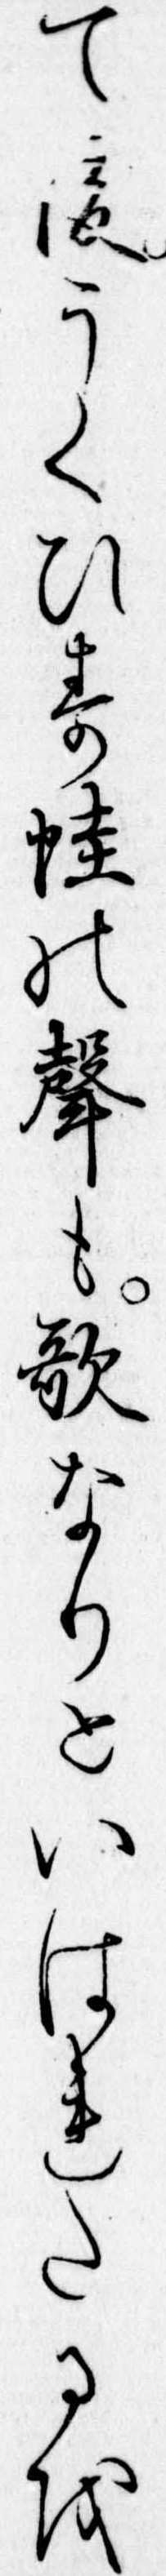
て後うくひす蛙の声も歌なりといはれたるを